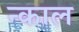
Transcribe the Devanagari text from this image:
न्काल